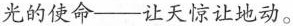
光的使命—让天惊让地动。